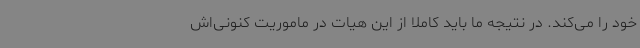
خود را می‌کند. در نتیجه ما باید کاملا از این هیات در ماموریت کنونی‌اش